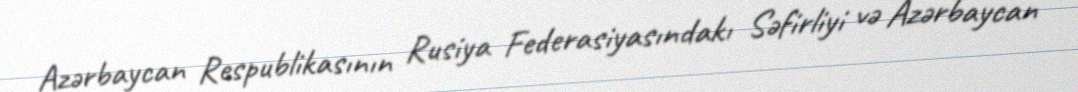
Azərbaycan Respublikasının Rusiya Federasiyasındakı Səfirliyi və Azərbaycan